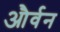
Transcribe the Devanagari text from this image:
और्वन